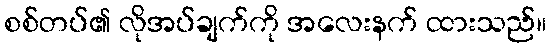
စစ်တပ်၏ လိုအပ်ချက်ကို အလေးနက် ထားသည်။